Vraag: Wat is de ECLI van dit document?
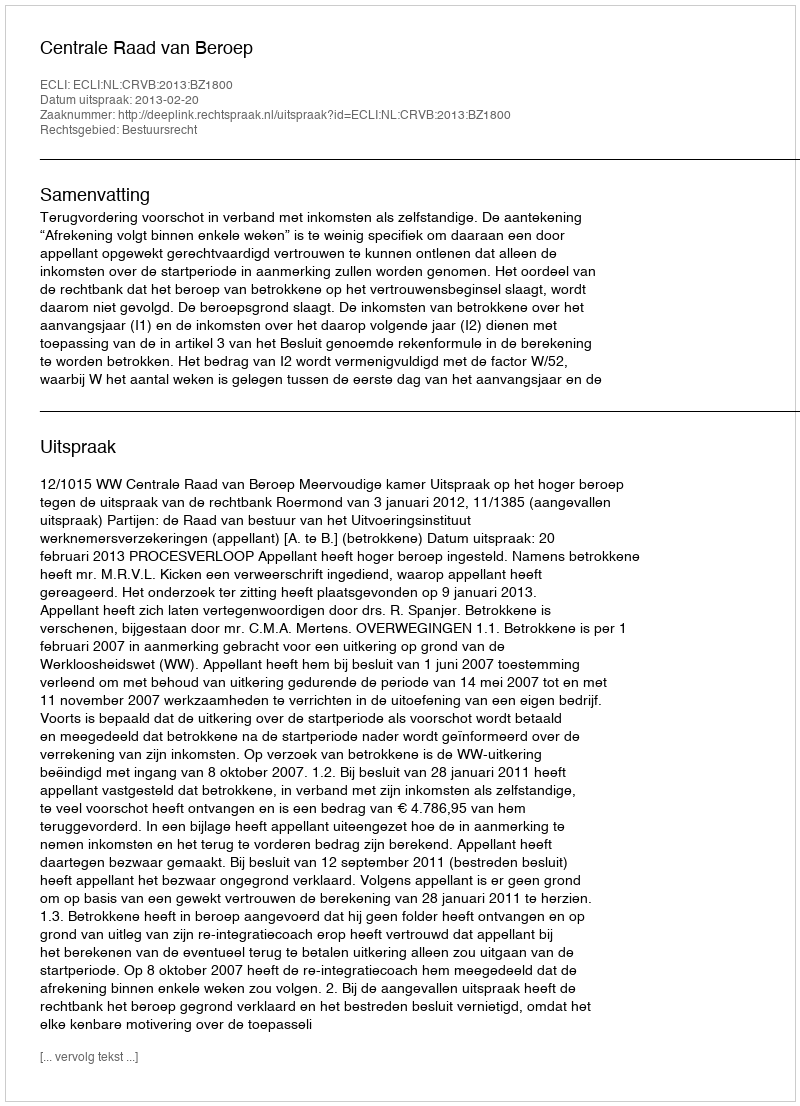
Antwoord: ECLI:NL:CRVB:2013:BZ1800